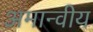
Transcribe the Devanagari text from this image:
अमान्वीय